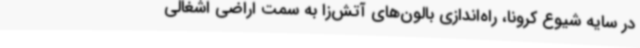
در سایه شیوع کرونا، راه‌اندازی بالون‌های آتش‌زا به سمت اراضی اشغالی